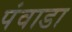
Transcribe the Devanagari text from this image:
पंवाडा